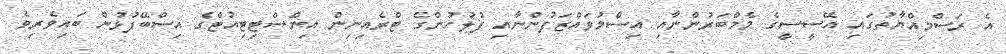
އެ ރަސްމިއްޔާތުގައި އޭސީސީގެ މެމްބަރުންނާއި އިސްމުވައްޒަފުންނާއި ފުލުހުންގެ ޓްރެއިނިން އިންސްޓިޓިއުޓްގެ އިސްބޭފުޅުން ބައިވެރިވެ